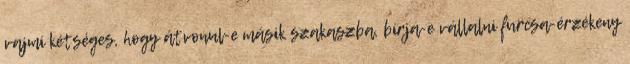
vajmi kétséges, hogy átvonul-e másik szakaszba, bírja-e vállalni furcsa-érzékeny